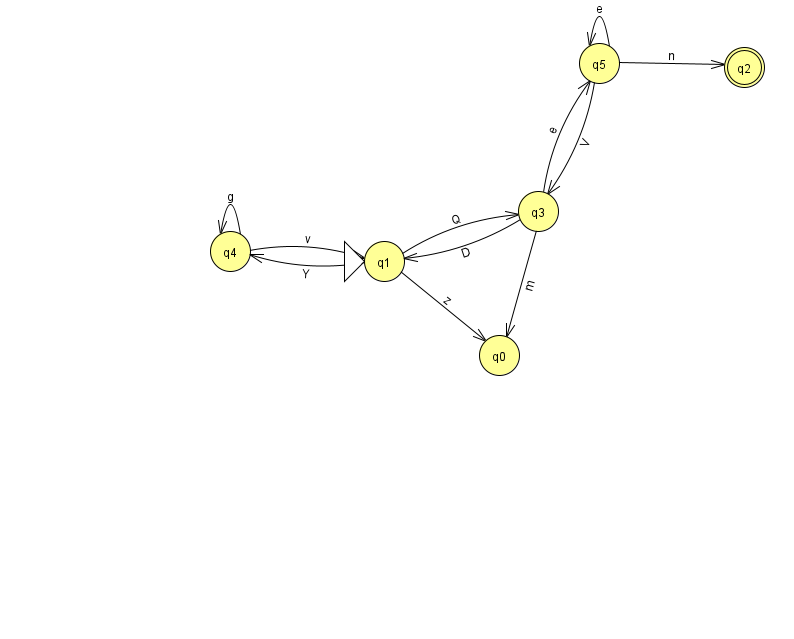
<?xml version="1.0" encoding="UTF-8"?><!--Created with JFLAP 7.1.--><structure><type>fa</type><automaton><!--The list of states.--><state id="0" name="q0"><x>499.0</x><y>342.0</y></state><state id="1" name="q1"><x>384.0</x><y>248.0</y><initial/></state><state id="2" name="q2"><x>744.0</x><y>54.0</y><final/></state><state id="3" name="q3"><x>538.0</x><y>198.0</y></state><state id="4" name="q4"><x>230.0</x><y>238.0</y></state><state id="5" name="q5"><x>599.0</x><y>50.0</y></state><!--The list of transitions.--><transition><from>1</from><to>4</to><read>Y</read></transition><transition><from>3</from><to>0</to><read>m</read></transition><transition><from>5</from><to>3</to><read>V</read></transition><transition><from>5</from><to>5</to><read>e</read></transition><transition><from>3</from><to>5</to><read>e</read></transition><transition><from>4</from><to>4</to><read>g</read></transition><transition><from>5</from><to>2</to><read>n</read></transition><transition><from>1</from><to>0</to><read>z</read></transition><transition><from>3</from><to>1</to><read>D</read></transition><transition><from>1</from><to>3</to><read>Q</read></transition><transition><from>4</from><to>1</to><read>v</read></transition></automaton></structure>